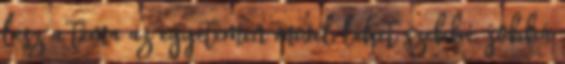
lesz a téma az egyetemen mivel lehet szebbé, jobbá